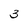
Character: 3